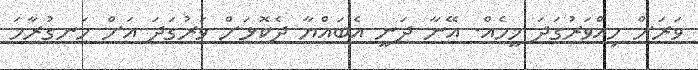
ވަރަށް ހިއްވަރުގަދަ މީހެއް. އޭނާ ދަނީ އެބައްޔާ ދެކޮޅަށް ވަރުގަދަ އަށް ހަނގުރާމަ